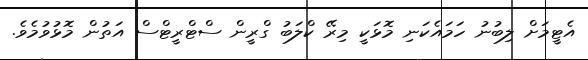
އެޓީމަށް ލިބުނު ހަމައެކަނި މޮޅަކީ މިރޭ ކްލަބު ގްރީން ސްޓްރީޓްސް އަތުން މޮޅުވުމެވެ.